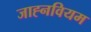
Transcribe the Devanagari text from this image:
जाह्नवियम